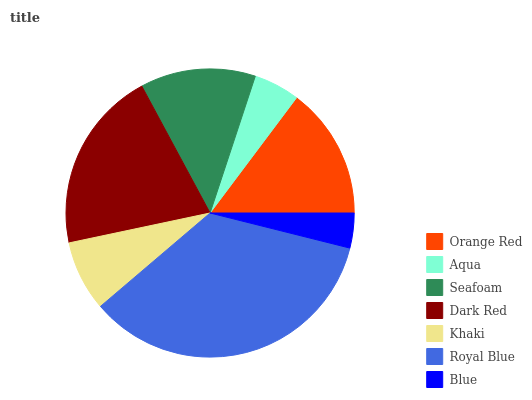
| Orange Red | Aqua | Seafoam | Dark Red | Khaki | Royal Blue | Blue |
 | --- | --- | --- | --- | --- | --- | --- |
 | 14.7% | 5.17% | 12.9% | 20.5% | 7.9% | 34.8% | 3.91% |